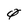
Character: 0